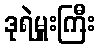
ဒုရဲမှူးကြီး